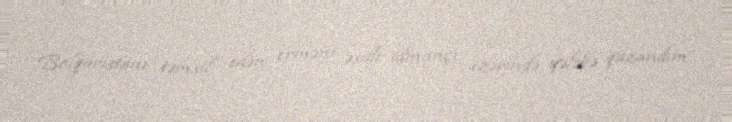
Bolqarıstanı təmsil edən erməni əsilli idmançı üzərində qələbə qazandım.